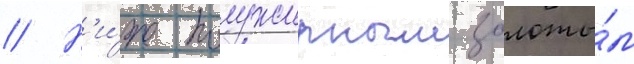
// Н'и́же полужирным золоты́м